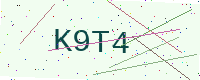
Text: K9T4